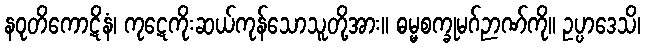
နဝုတိကောဋိနံ၊ ကုဋေကိုးဆယ်ကုန်သောသူတို့အား။ ဓမ္မစက္ခုမဂ်ဉာဏ်ကို။ ဥပ္ပာဒေသိ၊